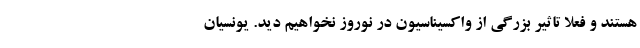
هستند و فعلا تاثیر بزرگی از واکسیناسیون در نوروز نخواهیم دید. یونسیان